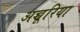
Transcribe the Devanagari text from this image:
अच्चूरिया